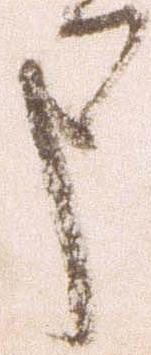
申